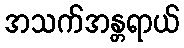
အသက်အန္တရာယ်